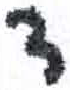
אות: ד